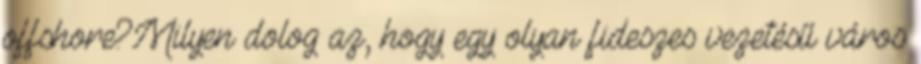
offshore?Milyen dolog az, hogy egy olyan fideszes vezetésű város